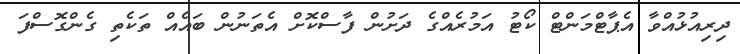
ދިރިއުޅުއްވާ އެޕާޓްމަންޓް ކޯޓު އަމުރެއްގެ ދަށުން ފާސްކޮށް އެތަނުން ބައެއް ތަކެތި ގެންގޮސްފަ